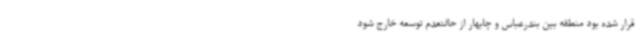
قرار شده بود منطقه بین بندرعباس و چابهار از حالتعدم توسعه خارج شود